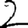
Digit: 2